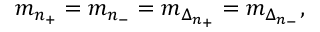
m _ { n _ { + } } = m _ { n _ { - } } = m _ { \Delta _ { n _ { + } } } = m _ { \Delta _ { n _ { - } } } ,